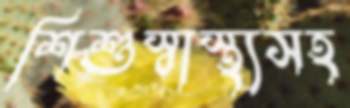
শিশুস্বাস্থ্যসহ